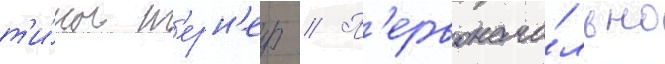
т'и́ны т'ерн'ер // П'ервонача́льно